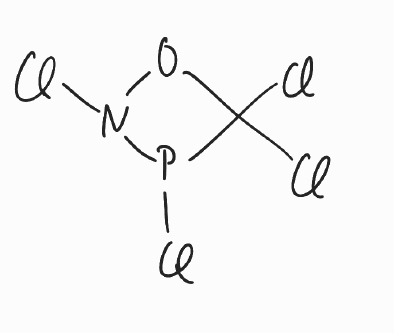
Simplified molecular-input line-entry system (SMILES) notation of the given molecule:
C1(ON(P1Cl)Cl)(Cl)Cl